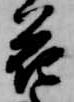
花